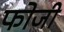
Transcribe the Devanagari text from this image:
फोजी